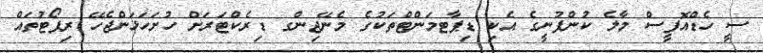
ސީ ހެޑްއޮފީސް މާލެ ކުންފުނީގެ އެކި ޑިޕާޓމަންޓްތަކުގެ މެނޭޖިންގ ޑިރެކްޓަރަށް ހުށަހަޅަންޖެހޭ ރިޕޯޓުތައް